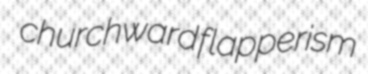
churchward flapperism